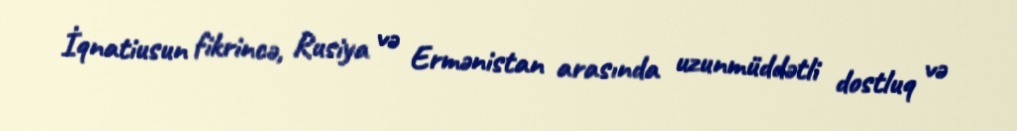
İqnatiusun fikrincə, Rusiya və Ermənistan arasında uzunmüddətli dostluq və